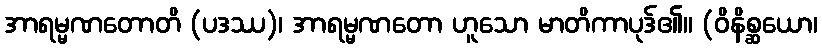
အာရမ္မဏတောတိ (ပဒဿ)၊ အာရမ္မဏတော ဟူသော မာတိကာပုဒ်၏။ (ဝိနိစ္ဆယော၊